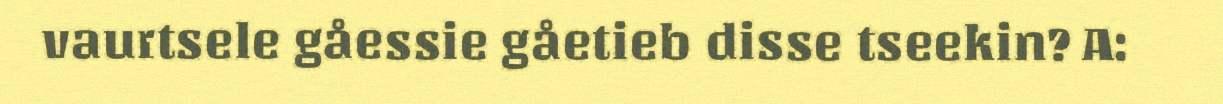
vaurtsele gåessie gåetieb disse tseekin? A: